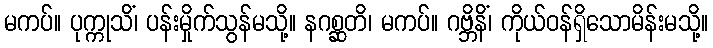
မကပ်။ ပုက္ကုသိံ၊ ပန်းမှိုက်သွန်မသို့။ နဂစ္ဆတိ၊ မကပ်။ ဂဗ္ဘိနိံ၊ ကိုယ်ဝန်ရှိသောမိန်းမသို့။